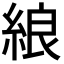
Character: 𦀬